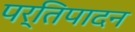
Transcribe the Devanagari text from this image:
पर्तिपादन